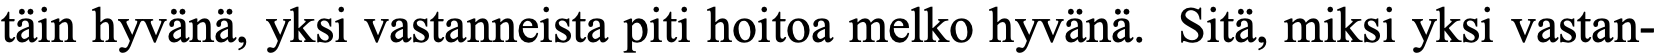
täin hyvänä, yksi vastanneista piti hoitoa melko hyvänä. Sitä, miksi yksi vastan-